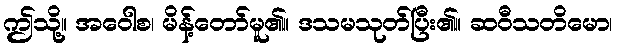
ဤသို့။ အဝေါစ၊ မိန့်တော်မူ၏။ ဒသမသုတ်ပြီး၏။ ဆဝီသတိမော၊